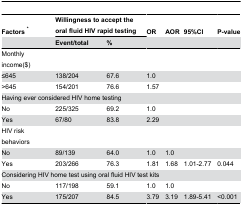
<table><thead><tr><td><b>Factors <sup>*</sup></b></td><td colspan="2"><b>Willingness to accept the oral fluid HIV rapid testing</b></td><td><b>OR</b></td><td><b>AOR</b></td><td><b>95%CI</b></td><td><b>P-value</b></td></tr><tr><td></td><td><b>Event/total</b></td><td><b>%</b></td><td></td><td></td><td></td><td></td></tr></thead><tbody><tr><td>Monthly income($)</td><td></td><td></td><td></td><td></td><td></td><td></td></tr><tr><td>≤645</td><td>138/204</td><td>67.6</td><td>1.0</td><td></td><td></td><td></td></tr><tr><td>&gt;645</td><td>154/201</td><td>76.6</td><td>1.57</td><td></td><td></td><td></td></tr><tr><td colspan="7">Having ever considered HIV home testing</td></tr><tr><td>No </td><td>225/325</td><td>69.2</td><td>1.0</td><td></td><td></td><td></td></tr><tr><td>Yes </td><td>67/80</td><td>83.8</td><td>2.29</td><td></td><td></td><td></td></tr><tr><td>HIV risk behaviors</td><td></td><td></td><td></td><td></td><td></td><td></td></tr><tr><td>No </td><td>89/139</td><td>64.0</td><td>1.0</td><td>1.0</td><td></td><td></td></tr><tr><td>Yes </td><td>203/266</td><td>76.3</td><td>1.81</td><td>1.68</td><td>1.01-2.77</td><td>0.044</td></tr><tr><td colspan="7">Considering HIV home test using oral fluid HIV test kits</td></tr><tr><td>No </td><td>117/198</td><td>59.1</td><td>1.0</td><td>1.0</td><td></td><td></td></tr><tr><td>Yes </td><td>175/207</td><td>84.5</td><td>3.79</td><td>3.19</td><td>1.89-5.41</td><td>&lt;0.001</td></tr></tbody></table>